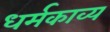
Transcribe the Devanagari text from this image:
धर्मकाव्य